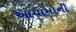
આયામોની